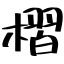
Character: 槢